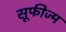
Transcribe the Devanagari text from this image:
सूफीज्म